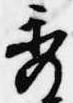
秀